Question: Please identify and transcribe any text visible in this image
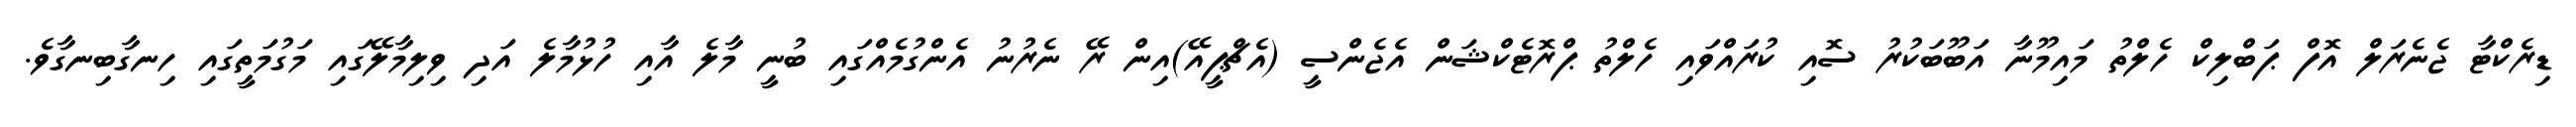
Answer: ޑިރެކްޓާ ޖެނެރަލް އޮފް ޕަބްލިކް ހެލްތު މައިމޫނާ އަބޫބަކުރު ސޮއި ކުރައްވައި ހެލްތު ޕްރޮޓެކްޝަން އެޖެންސީ (އެޗްޕީއޭ)އިން ރޭ ނެރުނު އެންގުމެއްގައި ބުނީ މާލެ އާއި ހުޅުމާލެ އަދި ވިލިމާލޭގައި މަގުމަތީގައި ހިނގާބިނގާވެ.